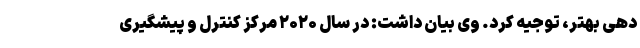
دهی بهتر، توجیه کرد. وی بیان داشت: در سالِ ۲۰۲۰ مرکز کنترل و پیشگیری